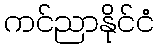
ကင်ညာနိုင်ငံ